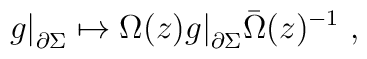
g\bigr|_{\partial\Sigma} \mapsto \Omega(z)  g\bigr|_{\partial\Sigma} \bar\Omega(z)^{-1}~,